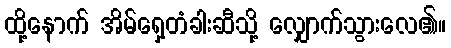
ထို့နောက် အိမ်ရှေ့တံခါးဆီသို့ လျှောက်သွားလေ၏။